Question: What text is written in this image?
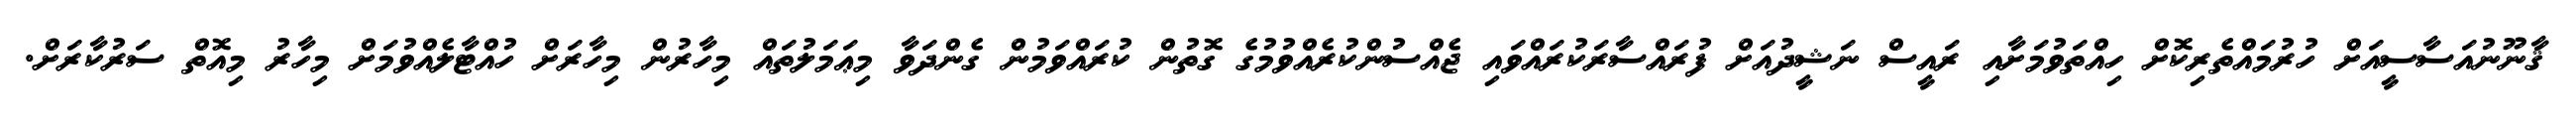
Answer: ޤާނޫނުއަސާސީއަށް ހުރުމައްތެރިކޮށް ހިއްތަވުމަށާއި ރައީސް ނަޝީދުއަށް ފުރައްސާރަކުރައްވައި ޖެއްސުންކުރެއްވުމުގެ ގޮތުން ކުރައްވަމުން ގެންދަވާ މިޢަމަލުތައް މިހާރުން މިހާރަށް ހުއްޓާލެއްވުމަށް މިހާރު މިއޮތް ސަރުކާރަށް.